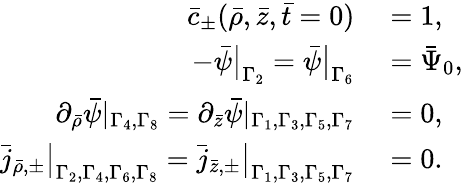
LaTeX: \begin{array}{rl}{\bar{c}_{\pm}(\bar{\rho},\bar{z},\bar{t}=0)}&{{}=1,}\\ {-\bar{\psi}\big|_{\Gamma_{2}}=\bar{\psi}\big|_{\Gamma_{6}}}&{{}=\bar{\Psi}_{0},}\\ {\partial_{\bar{\rho}}\bar{\psi}|_{\Gamma_{4},\Gamma_{8}}=\partial_{\bar{z}}\bar{\psi}|_{\Gamma_{1},\Gamma_{3},\Gamma_{5},\Gamma_{7}}}&{{}=0,}\\ {\bar{j}_{\bar{\rho},\pm}\big|_{\Gamma_{2},\Gamma_{4},\Gamma_{6},\Gamma_{8}}=\bar{j}_{\bar{z},\pm}\big|_{\Gamma_{1},\Gamma_{3},\Gamma_{5},\Gamma_{7}}}&{{}=0.}\end{array}